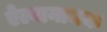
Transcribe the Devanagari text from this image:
ऐल्बानामक